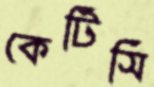
কেটিসি